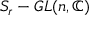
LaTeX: S _ { r } - G L ( n , \mathbb { C } )